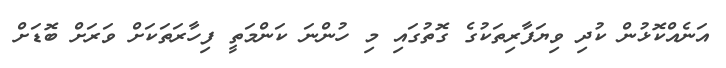
އަނެއްކޮޅުން ކުދި ވިޔަފާރިތަކުގެ ގޮތުގައި މި ހުންނަ ކަންމަތީ ފިހާރަތަކަށް ވަރަށް ބޮޑަށް